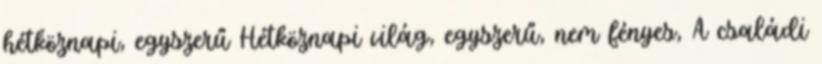
hétköznapi, egyszerű Hétköznapi világ, egyszerű, nem fényes, A családi